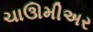
ચાઊમીઅર